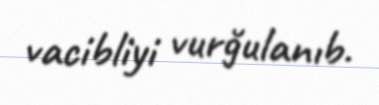
vacibliyi vurğulanıb.